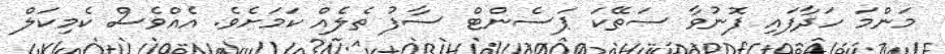
މަންމަ ހަދާފައި ފޮނުވާ ސަތޭކަ ޕަސެންޓް ސާފު ތެލެއް ކަމަށެވެ. އެއްވެސް ކެމިކަލް